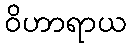
ဝိဟာရာယ